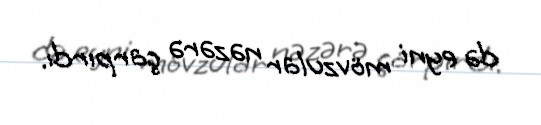
də eyni mövzular nəzərə çarpırdı.